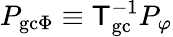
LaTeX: P_{\mathrm{gc}\Phi}\equiv{\sf T}_{\mathrm{gc}}^{-1}P_{\varphi}